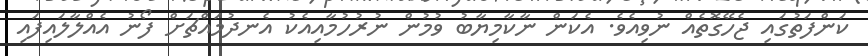
ކަންފަތުގައި ޖެހޭގޮތެއް ނުވިއެވެ. އެކަން ނާކާމިޔާބު ވުމުން ނުރުހުމާާއިއެކު އެނދުމައްޗަށް ފޯނު އެއްލާލައިފައި